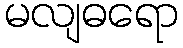
မလျဓရော